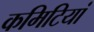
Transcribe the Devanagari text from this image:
कमिटियां